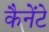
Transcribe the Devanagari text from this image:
कैनेंटे